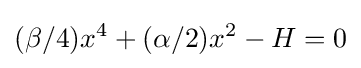
(\beta /4)x^{4}+(\alpha /2)x^{2}-H=0